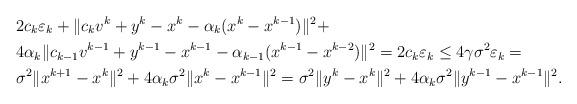
LaTeX: \begin{align*}& 2c_k\varepsilon_k+\|c_kv^k+y^k-x^k-\alpha_k(x^k-x^{k-1})\|^2+\\&4\alpha_k\|c_{k-1}v^{k-1}+y^{k-1}-x^{k-1}-\alpha_{k-1}(x^{k-1}-x^{k-2})\|^2 = 2c_k\varepsilon_k\leq 4\gamma \sigma^2\varepsilon_k=\\& \sigma^2\|x^{k+1}-x^k\|^2+4\alpha_k\sigma^2\|x^k-x^{k-1}\|^2 = \sigma^2\|y^k-x^k\|^2+4\alpha_k\sigma^2\|y^{k-1}-x^{k-1}\|^2.\end{align*}